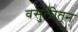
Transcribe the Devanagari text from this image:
वसुलीतून